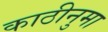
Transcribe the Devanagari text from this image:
काठीनुमा